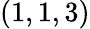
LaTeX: (1,1,3)